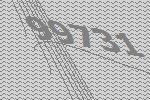
99731